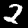
Digit: 2